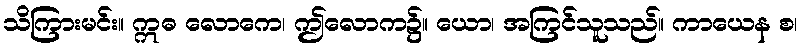
သိကြားမင်း။ ဣဓ လောကေ၊ ဤလောက၌။ ယော၊ အကြင်သူသည်။ ကာယေန စ၊